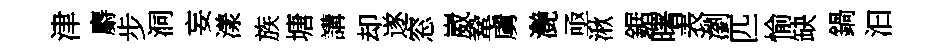
津麝步洞妄漾族塘講却遂窓崴鞏虜灔亟湫鋸曙表瀏匹愉缺鍋汩